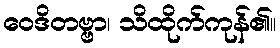
ဝေဒိတဗ္ဗာ၊ သိထိုက်ကုန်၏။